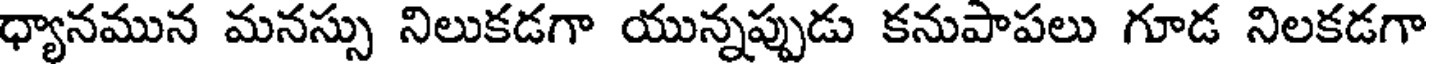
ధ్యానమున మనస్సు నిలుకడగా యున్నప్పుడు కనుపాపలు గూడ నిలకడగా